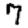
Digit: 7